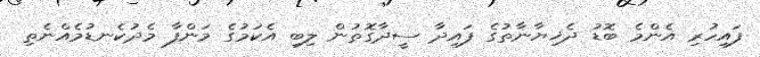
ފައިހުރި އެންމެ ބޮޑު ދެޚިޔާނާތުގެ ފައިދާ ސީދާގޮތުން ލިބި އެކަމުގެ މަންފާ މެދުކެނޑުމެއްނެތި